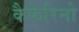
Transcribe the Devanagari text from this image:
कैफेरिनो